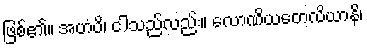
ဖြစ်၏။ အဟံပိ၊ ငါသည်လည်း။ လောဏိယတေလိယာနိ၊